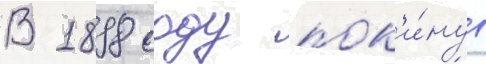
В 1898 году пок'и́нув